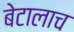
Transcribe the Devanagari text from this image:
बेटालाच